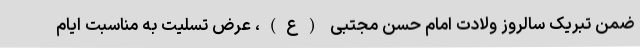
ضمن تبریک سالروز ولادت امام حسن مجتبی (ع)، عرض تسلیت به مناسبت ایام